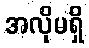
အလိုမရှိ